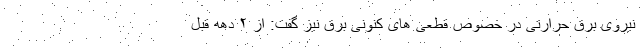
نیروی برق حرارتی در خصوص قطعی های کنونی برق نیز گفت: از ۲ دهه قبل